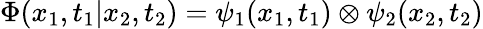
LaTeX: {\Phi}(x_{1},t_{1}|x_{2},t_{2})={\psi}_{1}(x_{1},t_{1})\otimes{\psi}_{2}(x_{2},t_{2})